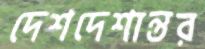
দেশদেশান্তর